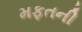
મફતની